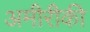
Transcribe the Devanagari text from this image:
अमीरीकी